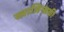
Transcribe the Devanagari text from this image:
स्त्राजिन्सकी